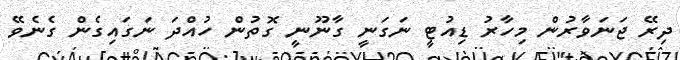
ދިރޭ ޖަނަވާރުން މިހާރު ޑިއުޓީ ނަގަނީ ގާނޫނީ ގޮތުން ހުއްދަ ނަގައިގެން ގެނެވޭ